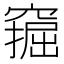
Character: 𫁗